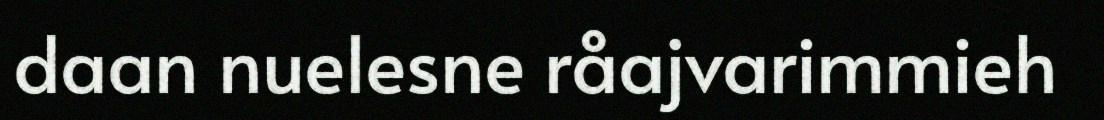
daan nuelesne råajvarimmieh